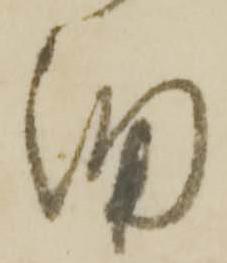
細